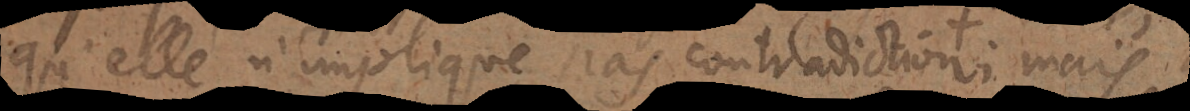
qu’elle n’implique pas contradiction quand